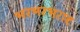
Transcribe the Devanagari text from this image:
भरभरभराट